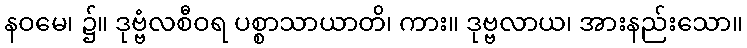
နဝမေ၊ ၌။ ဒုဗ္ဗံလစီဝရ ပစ္စာသာယာတိ၊ ကား။ ဒုဗ္ဗလာယ၊ အားနည်းသော။